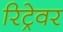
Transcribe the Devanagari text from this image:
रिट्रेवर